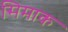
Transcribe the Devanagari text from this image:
सिमाक